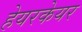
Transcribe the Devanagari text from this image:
हेयरकेयर